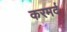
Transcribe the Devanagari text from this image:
करमर्द